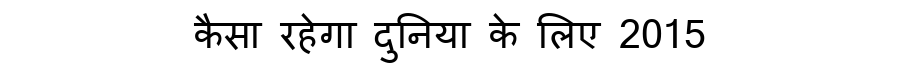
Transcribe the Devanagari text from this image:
कैसा रहेगा दुनिया के लिए 2015